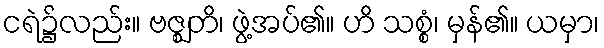
ငရဲ၌လည်း။ ဗဇ္ဈတိ၊ ဖွဲ့အပ်၏။ ဟိ သစ္စံ၊ မှန်၏။ ယမှာ၊